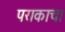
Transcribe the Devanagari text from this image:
पराकाचा